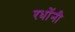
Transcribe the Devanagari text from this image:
रधोंनी